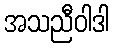
အသညီဝါဒါ